Indian journal of veterinary science and animal husbandry - Volume 10,
Year: 1940
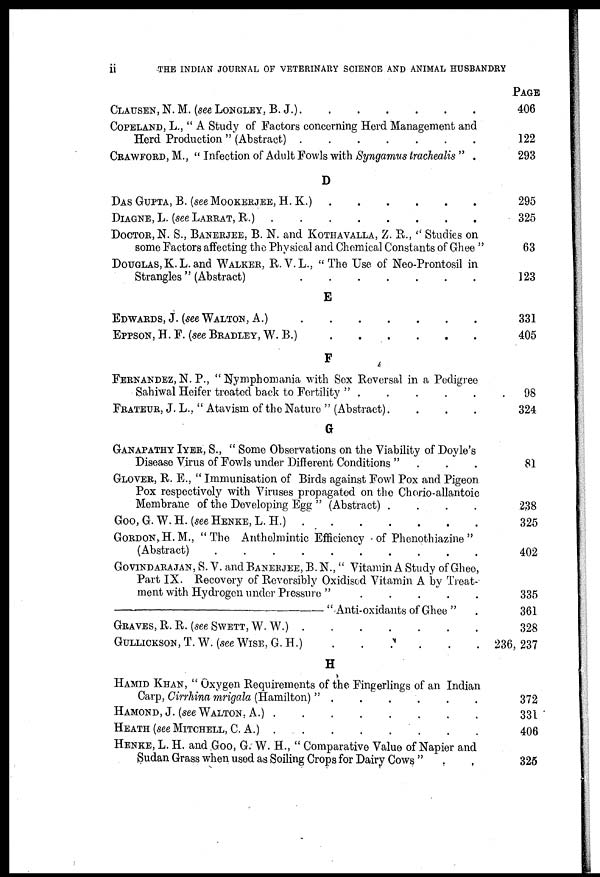
ii
THE INDIAN JOURNAL OF VETERINARY SCIENCE AND ANIMAL HUSBANDRY
CLAUSEN, N. M. (see LONGLEY, B. J.) . . . . . . .
COPELAND, L., " A Study of Factors concerning Herd Management and
Herd Production " (Abstract) . . . . . . .
CRAWFORD, M., " Infection of Adult Fowls with Syngamus trachealis " .
D
DAS GUPTA, B. (see MOOKERJEE, H. K.) . . . . . .
DIAGNE, L. (see LARRAT, R.) . . . . . . . .
DOCTOR, N. S., BANERJEE, B. N. AND KOTHAVALLA, Z. R., " Studies on
some Factors affecting the Physical and Chemical Constants of Ghee "
DOUGLAS,K. L. AND WALKER, R. V.L., "The Use of Neo-Prontosil in
Strangles " (Abstract)
.
.
.
.
.
.
.
E
EDWARDS, J. (see WALTON, A.) . . . . . . .
EPPSON, H.F. (see BRADLEY, W. B.) . . . . . .
F
FERNANDEZ, N. P., "Nymphomania with Sex Reversal in a Pedigree
Sahiwal Heifer treated back to Fertility "
.
.
.
.
.
.
FRATEUR, J. L., " Atavism of the Nature " (Abstract) .
.
.
.
G
GANAPATHY IYER, S., " Some Observations on the Viability of Doyle's
Disease Virus of Fowls under Different Conditions " . . .
GLOVER, R. E., " Immunisation of Birds against Fowl Pox and Pigeon
Pox respectively with Viruses propagated on the Chorio-allantoic
Membrane of the Developing Egg " (Abstract) .
.
.
.
GOO, G. W. H. (see HENKE, L. H.) . . . . . . .
GORDON,H.M., "The Anthelmintic Efficiency of Phenothiazine "
(Abstract) . . . . . . . . . .
GOVINDARAJAN, S. V. and BANERJEE, B. N., " Vitamin A Study of Ghee,
Part IX. Recovery of Reversibly Oxidised Vitamin A by Treat-
ment with Hydrogen under Pressure "
.
.
.
.
.
—"
Anti-oxiclants of Ghee '' .
GRAVES, R.R. (SEE SWETT,W.W.) . . . . . . .
GULLICKSON, T. W. (SEE WISE, G. H.) . . . . . .
H
HAMID KHAN, " Oxygen Requirements of the Fingerlings of an Indian
Carp, Cirrhina mrigala (Hamilton) " . . . . . .
HAMOND, J. (see WALTON. A.) . . . . . . . .
HEATH (SEE MITCHELL, C. A.) . . . . . . . .
HENKE, L. H. and Goo, G. W. H., " Comparative Value of Napier and
Sudan Grass when used as Soiling Crops for Dairy Cows " . .
PAGE
406
122
293
295
325
63
123
331
405
98
324
81
238
325
402
335
361
328
236, 237
372
331
406
325